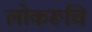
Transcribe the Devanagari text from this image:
लोकरूचि